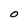
Character: O